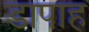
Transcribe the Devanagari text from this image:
डापाह